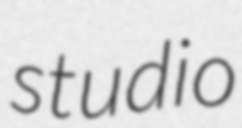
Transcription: studio